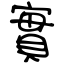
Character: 實